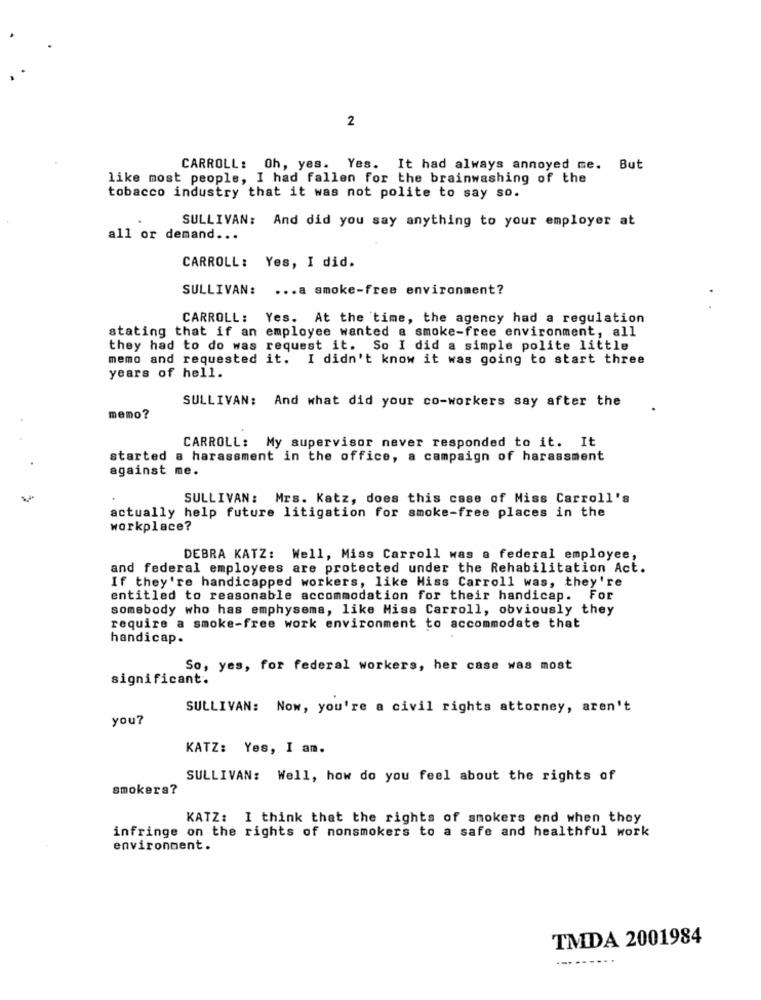
2
CARROLL: Oh, yes. Yes. It had always annoyed me. But
like most people, I had fallen for the brainwashing of the
tobacco industry that it was not polite to say so.
SULLIVAN: And did you say anything to your employer at
all or demand ...
CARROLL: Yes, I did.
SULLIVAN:
... a smoke-free environment?
CARROLL: Yes. At the time, the agency had a regulation
stating that if an employee wanted a smoke-free environment, all
they had to do was request it. So I did a simple polite little
memo and requested it. I didn't know it was going to start three
years of hell.
SULLIVAN: And what did your co-workers say after the
memo?
CARROLL: My supervisor never responded to it. It
started a harassment in the office, a campaign of harassment
against me.
SULLIVAN: Mrs. Katz, does this case of Miss Carroll's
actually help future litigation for smoke-free places in the
workplace?
DEBRA KATZ: Well, Miss Carroll was a federal employee,
and federal employees are protected under the Rehabilitation Act.
If they're handicapped workers, like Hiss Carroll was, they're
entitled to reasonable accommodation for their handicap. For
somebody who has emphysema, like Miss Carroll, obviously they
require a smoke-free work environment to accommodate that
handicap.
So, yes, for federal workers, her case was most
significant.
SULLIVAN: Now, you're a civil rights attorney, aren't
you?
KATZ: Yes, I am.
SULLIVAN: Well, how do you feel about the rights of
smokers?
KATZ: I think that the rights of smokers end when they
infringe on the rights of nonsmokers to a safe and healthful work
environment.
TMDA 2001984
--..